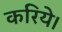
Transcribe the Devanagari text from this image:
करिये।